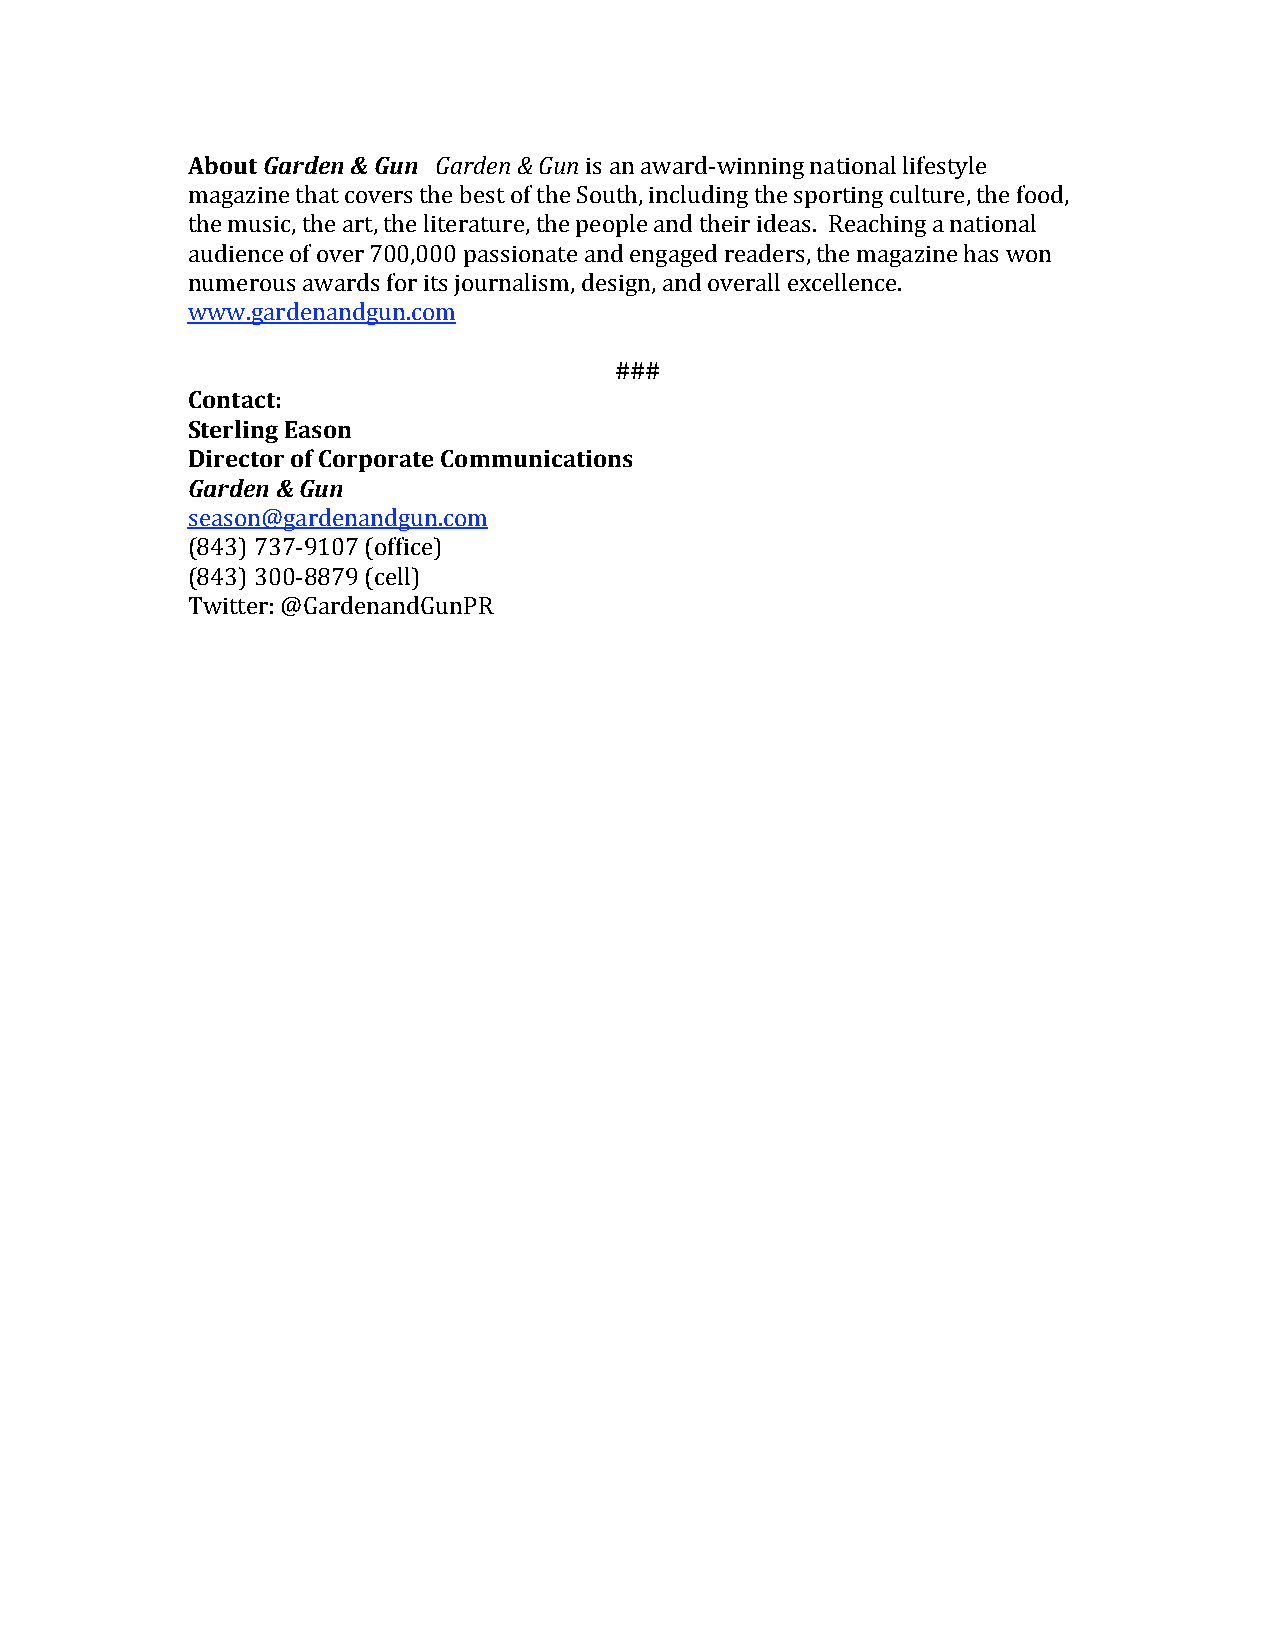
About Garden & Gun Garden & Gun is an award‐winning national lifestyle
 magazine that covers the best of the South, including the sporting culture, the food,
 the music, the art, the literature, the people and their ideas. Reaching a national
 audience of over 700,000 passionate and engaged readers, the magazine has won
 numerous awards for its journalism, design, and overall excellence.
 www.gardenandgun.com
 ###
 Contact:
 Sterling Eason
 Director of Corporate Communications
 Garden & Gun
 season@gardenandgun.com
 (843) 737‐9107 (office)
 (843) 300‐8879 (cell)
 Twitter: @GardenandGunPR